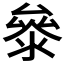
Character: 𭆤